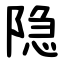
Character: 隐